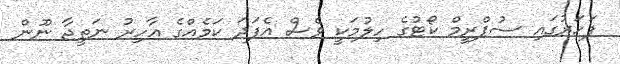
ފަހަރުގައި ސުޕްރީމް ކޯޓުގެ ހިލުމަކީ ވެސް އެފަދަ ކަމެއްގެ އާހިރު ނަތީޖާ ނޫން